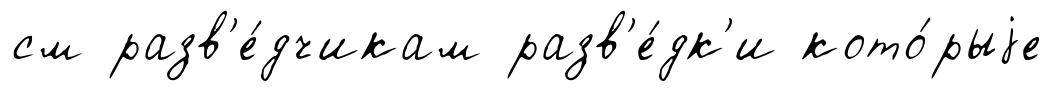
см разв'е́дчикам разв'е́дк'и кото́рыjе